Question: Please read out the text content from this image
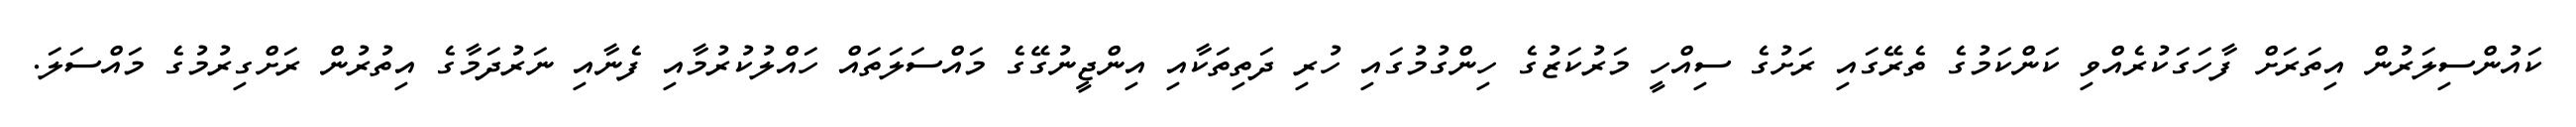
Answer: ކައުންސިލަރުން އިތަރަށް ފާހަގަކުރެއްވި ކަންކަމުގެ ތެރޭގައި ރަށުގެ ސިއްހީ މަރުކަޒުގެ ހިންގުމުގައި ހުރި ދަތިތަކާއި އިންޖީނުގޭގެ މައްސަލަތައް ހައްލުކުރުމާއި ފެނާއި ނަރުދަމާގެ އިތުރުން ރަށްގިރުމުގެ މައްސަލަ.